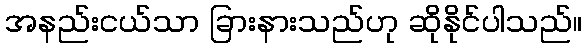
အနည်းငယ်သာ ခြားနားသည်ဟု ဆိုနိုင်ပါသည်။